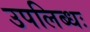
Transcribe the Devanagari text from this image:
उपलिब्धः